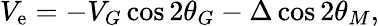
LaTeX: V_{\mathrm{e}}=-V_{G}\cos2\theta_{G}-\Delta\cos2\theta_{M},